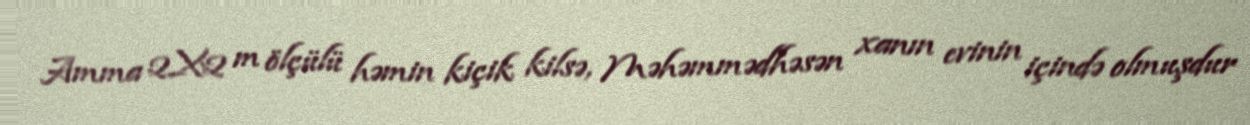
Amma 2X2 m ölçülü həmin kiçik kilsə, Məhəmmədhəsən xanın evinin içində olmuşdur